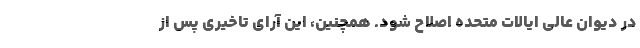
در دیوان عالی ایالات متحده اصلاح شود. همچنین، این آرای تاخیری پس از